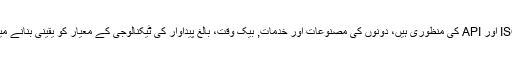
ہمارے تمام سرگرمیاں ISO 9001: 2008 اور API کی منظوری ہیں، دونوں کی مصنوعات اور خدمات, بیک وقت، بالغ پیداوار کی ٹیکنالوجی کے معیار کو یقینی بنانے میں بین الاقوامی کی درخواست کو پورا ہے ۔